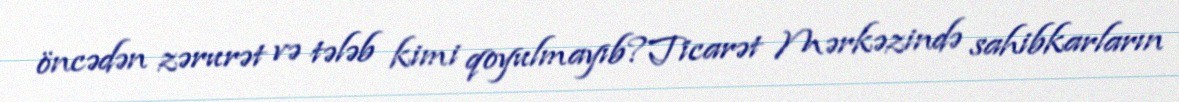
öncədən zərurət və tələb kimi qoyulmayıb?Ticarət Mərkəzində sahibkarların